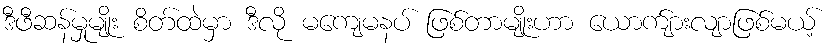
ဒီဖီဆန်မှုမျိုး စိတ်ထဲမှာ ဒီလို မကျေမနပ် ဖြစ်တာမျိုးဟာ ယောက်ျားလျာဖြစ်မယ့်